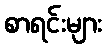
စာရင်းများ